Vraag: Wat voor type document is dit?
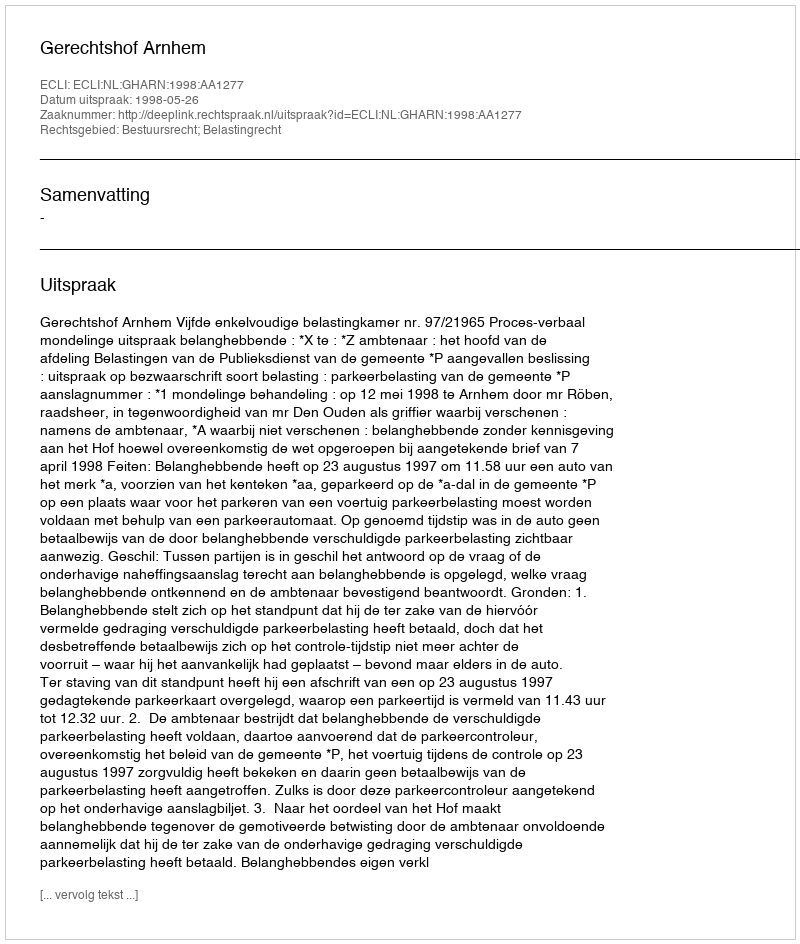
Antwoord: Uitspraak